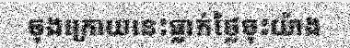
ចុងក្រោយនេះធ្លាក់ថ្លៃចុះយ៉ាង